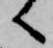
へ